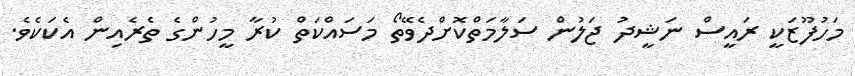
މަހުފޫޒަކީ ރައީސް ނަޝީދު ޖަލުން ސަލާމަަތްކޮށްދެވޭތޯ މަސައްކަތް ކުރާ މީހުންގެ ތެރެއިން އެކަކެވެ.